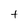
Character: t